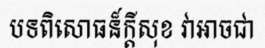
បទពិសោធន៏ក្តីសុខ វាអាចជា